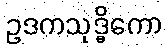
ဥဒကသုဒ္ဓိကော